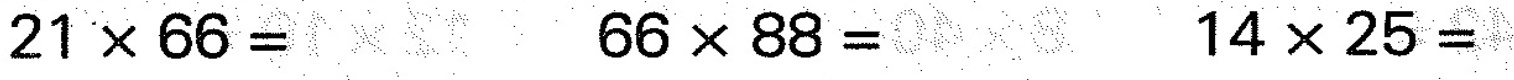
$$2 1 \times 6 6 =$$ $$6 8 \times 8 8 =$$ $$1 4 \times 2 5 =$$